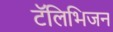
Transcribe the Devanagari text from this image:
टॅलिभिजन